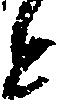
と